Indian journal of veterinary science and animal husbandry - Volume 1,
Year: 1931
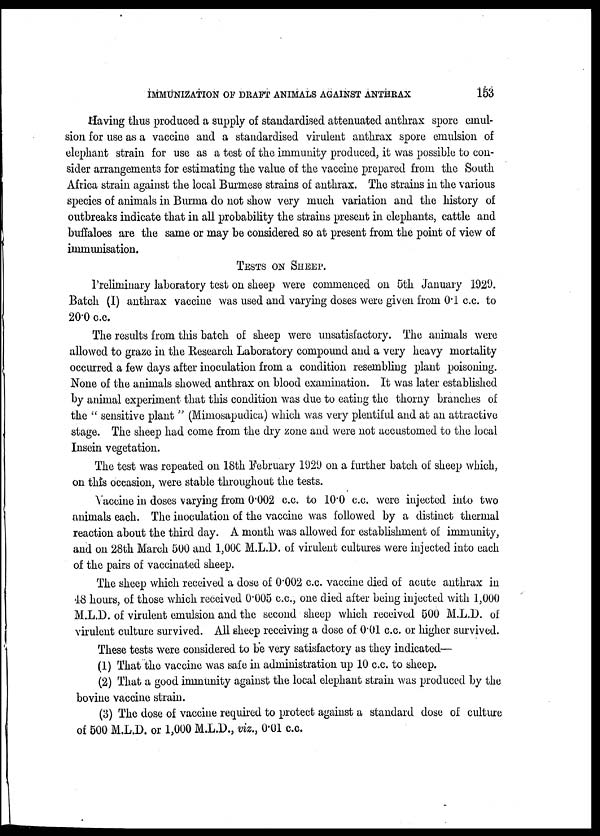
IMMUNIZATION OF DRAFT ANIMALS AGAINST ANTHRAX
153
Having thus produced a supply of standardised attenuated anthrax spore emul-
sion for use as a vaccine and a standardised virulent anthrax spore emulsion of
elephant strain for use as a test of the immunity produced, it was possible to con-
sider arrangements for estimating the value of the vaccine prepared from the South
Africa strain against the local Burmese strains of anthrax. The strains in the various
species of animals in Burma do not show very much variation and the history of
outbreaks indicate that in all probability the strains present in elephants, cattle and
buffaloes are the same or may be considered so at present from the point of view of
immunisation.
TESTS ON SHEEP.
Preliminary laboratory test on sheep were commenced on 5th January 1929.
Batch (I) anthrax vaccine was used and varying doses were given from 0.1 c.c. to
20.0 c.c.
The results from this batch of sheep were unsatisfactory. The animals were
allowed to graze in the Research Laboratory compound and a very heavy mortality
occurred a few days after inoculation from a condition resembling plant poisoning.
None of the animals showed anthrax on blood examination. It was later established
by animal experiment that this condition was due to eating the thorny branches of
the " sensitive plant " (Mimosapudica) which was very plentiful and at an attractive
stage. The sheep had come from the dry zone and were not accustomed to the local
Insein vegetation.
The test was repeated on 18th February 1929 on a further batch of sheep which,
on this occasion, were stable throughout the tests.
Vaccine in doses varying from 0.002 c.c. to 10.0 c.c. were injected into two
animals each. The inoculation of the vaccine was followed by a distinct thermal
reaction about the third day. A month was allowed for establishment of immunity,
and on 28th March 500 and 1,000 M.L.D. of virulent cultures were injected into each
of the pairs of vaccinated sheep.
The sheep which received a dose of 0.002 c.c. vaccine died of acute anthrax in
48 hours, of those which received 0.005 c.c., one died after being injected with 1,000
M.L.D. of virulent emulsion and the second sheep which received 500 M.L.D. of
virulent culture survived. All sheep receiving a dose of 0.01 c.c. or higher survived.
These tests were considered to be very satisfactory as they indicated—
(1) That the vaccine was safe in administration up 10 c.c. to sheep.
(2) That a good immunity against the local elephant strain was produced by the
bovine vaccine strain.
(3) The dose of vaccine required to protect against a standard dose of culture
of 500 M.L.D. or 1,000 M.L.D., viz., 0.01 c.c.